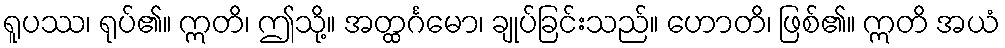
ရူပဿ၊ ရုပ်၏။ ဣတိ၊ ဤသို့။ အတ္ထင်္ဂမော၊ ချုပ်ခြင်းသည်။ ဟောတိ၊ ဖြစ်၏။ ဣတိ အယံ